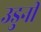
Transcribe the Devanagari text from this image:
उडुनी